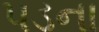
પડના